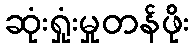
ဆုံးရှုံးမှုတန်ဖိုး